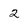
Character: 2